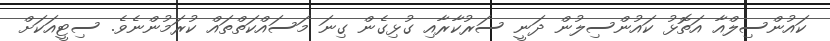
ކައުންސިލްއާ އަތޮޅު ކައުންސިލުން ދަނީ ސަރުކާރާއި ގުޅިގެން ގިނަ މަސައްކަތްތައް ކުރަމުންނެވެ. ސިޓީއަކަށް